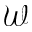
\mathcal { W }